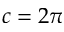
c = 2 \pi